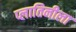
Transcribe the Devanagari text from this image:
प्लातिनीला